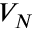
V _ { N }